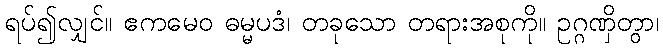
ရပ်၍လျှင်။ ဧကမေဝ ဓမ္မပဒံ၊ တခုသော တရားအစုကို။ ဥဂ္ဂဏှိတွာ၊